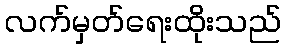
လက်မှတ်ရေးထိုးသည်